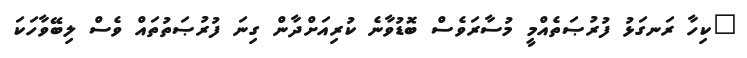
"ކިހާ ރަނގަޅު ފުރުޞަތެއްމީ މުސާރަވެސް ބޮޑުވާނެ ކުރިއަށްދާން ގިނަ ފުރުޞަތުތައް ވެސް ލިބޭވާހަކަ